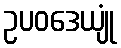
ဥပဝဒေယျုံ